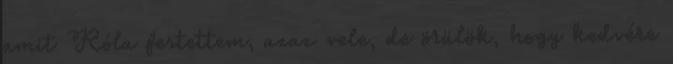
amit Róla festettem, azaz vele, de örülök, hogy kedvére